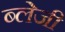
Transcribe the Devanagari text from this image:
ब्लेजी